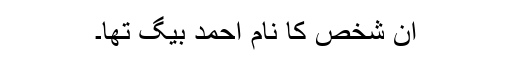
اُن شخص کا نام احمد بیگ تھا۔